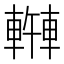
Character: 𫏿